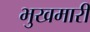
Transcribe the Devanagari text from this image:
भुखमारी